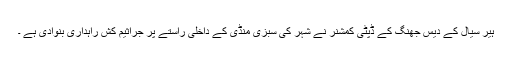
ہیر سیال کے دیس جھنگ کے ڈپٹی کمشنر نے شہر کی سبزی منڈی کے داخلی راستے پر جراثیم کش راہداری بنوادی ہے ۔